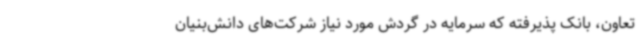
تعاون، بانک پذیرفته که سرمایه در گردش مورد نیاز شرکت‌های دانش‌بنیان